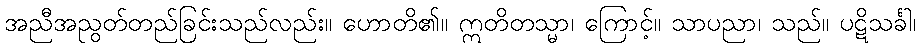
အညီအညွတ်တည်ခြင်းသည်လည်း။ ဟောတိ၏။ ဣတိတသ္မာ၊ ကြောင့်။ သာပညာ၊ သည်။ ပဋိသင်္ခါ၊